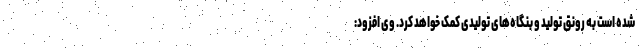
شده است به رونق تولید و بنگاه‌های تولیدی کمک خواهد کرد. وی افزود: